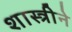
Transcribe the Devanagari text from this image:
शास्त्रीने